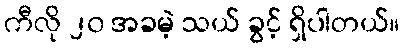
ကီလို ၂၀ အခမဲ့ သယ် ခွင့် ရှိပါတယ်။